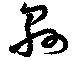
縣